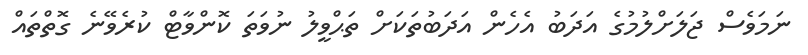
ނަމަވެސް ޖަލަށްލުމުގެ އަދަބު އެހެން އަދަބުތަކަށް ތަޙްވީލު ނުވަތަ ކޮންވާޓް ކުރެވޭނެ ގޮތްތައް